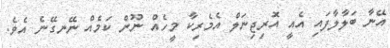
އޭނާ ބަލާލާފައި އެއީ އޮރިޖިނަލް އެމެރިކާ މީހެއް ނޫން ކަމެއް ނޭނގޭނެ އެވެ.